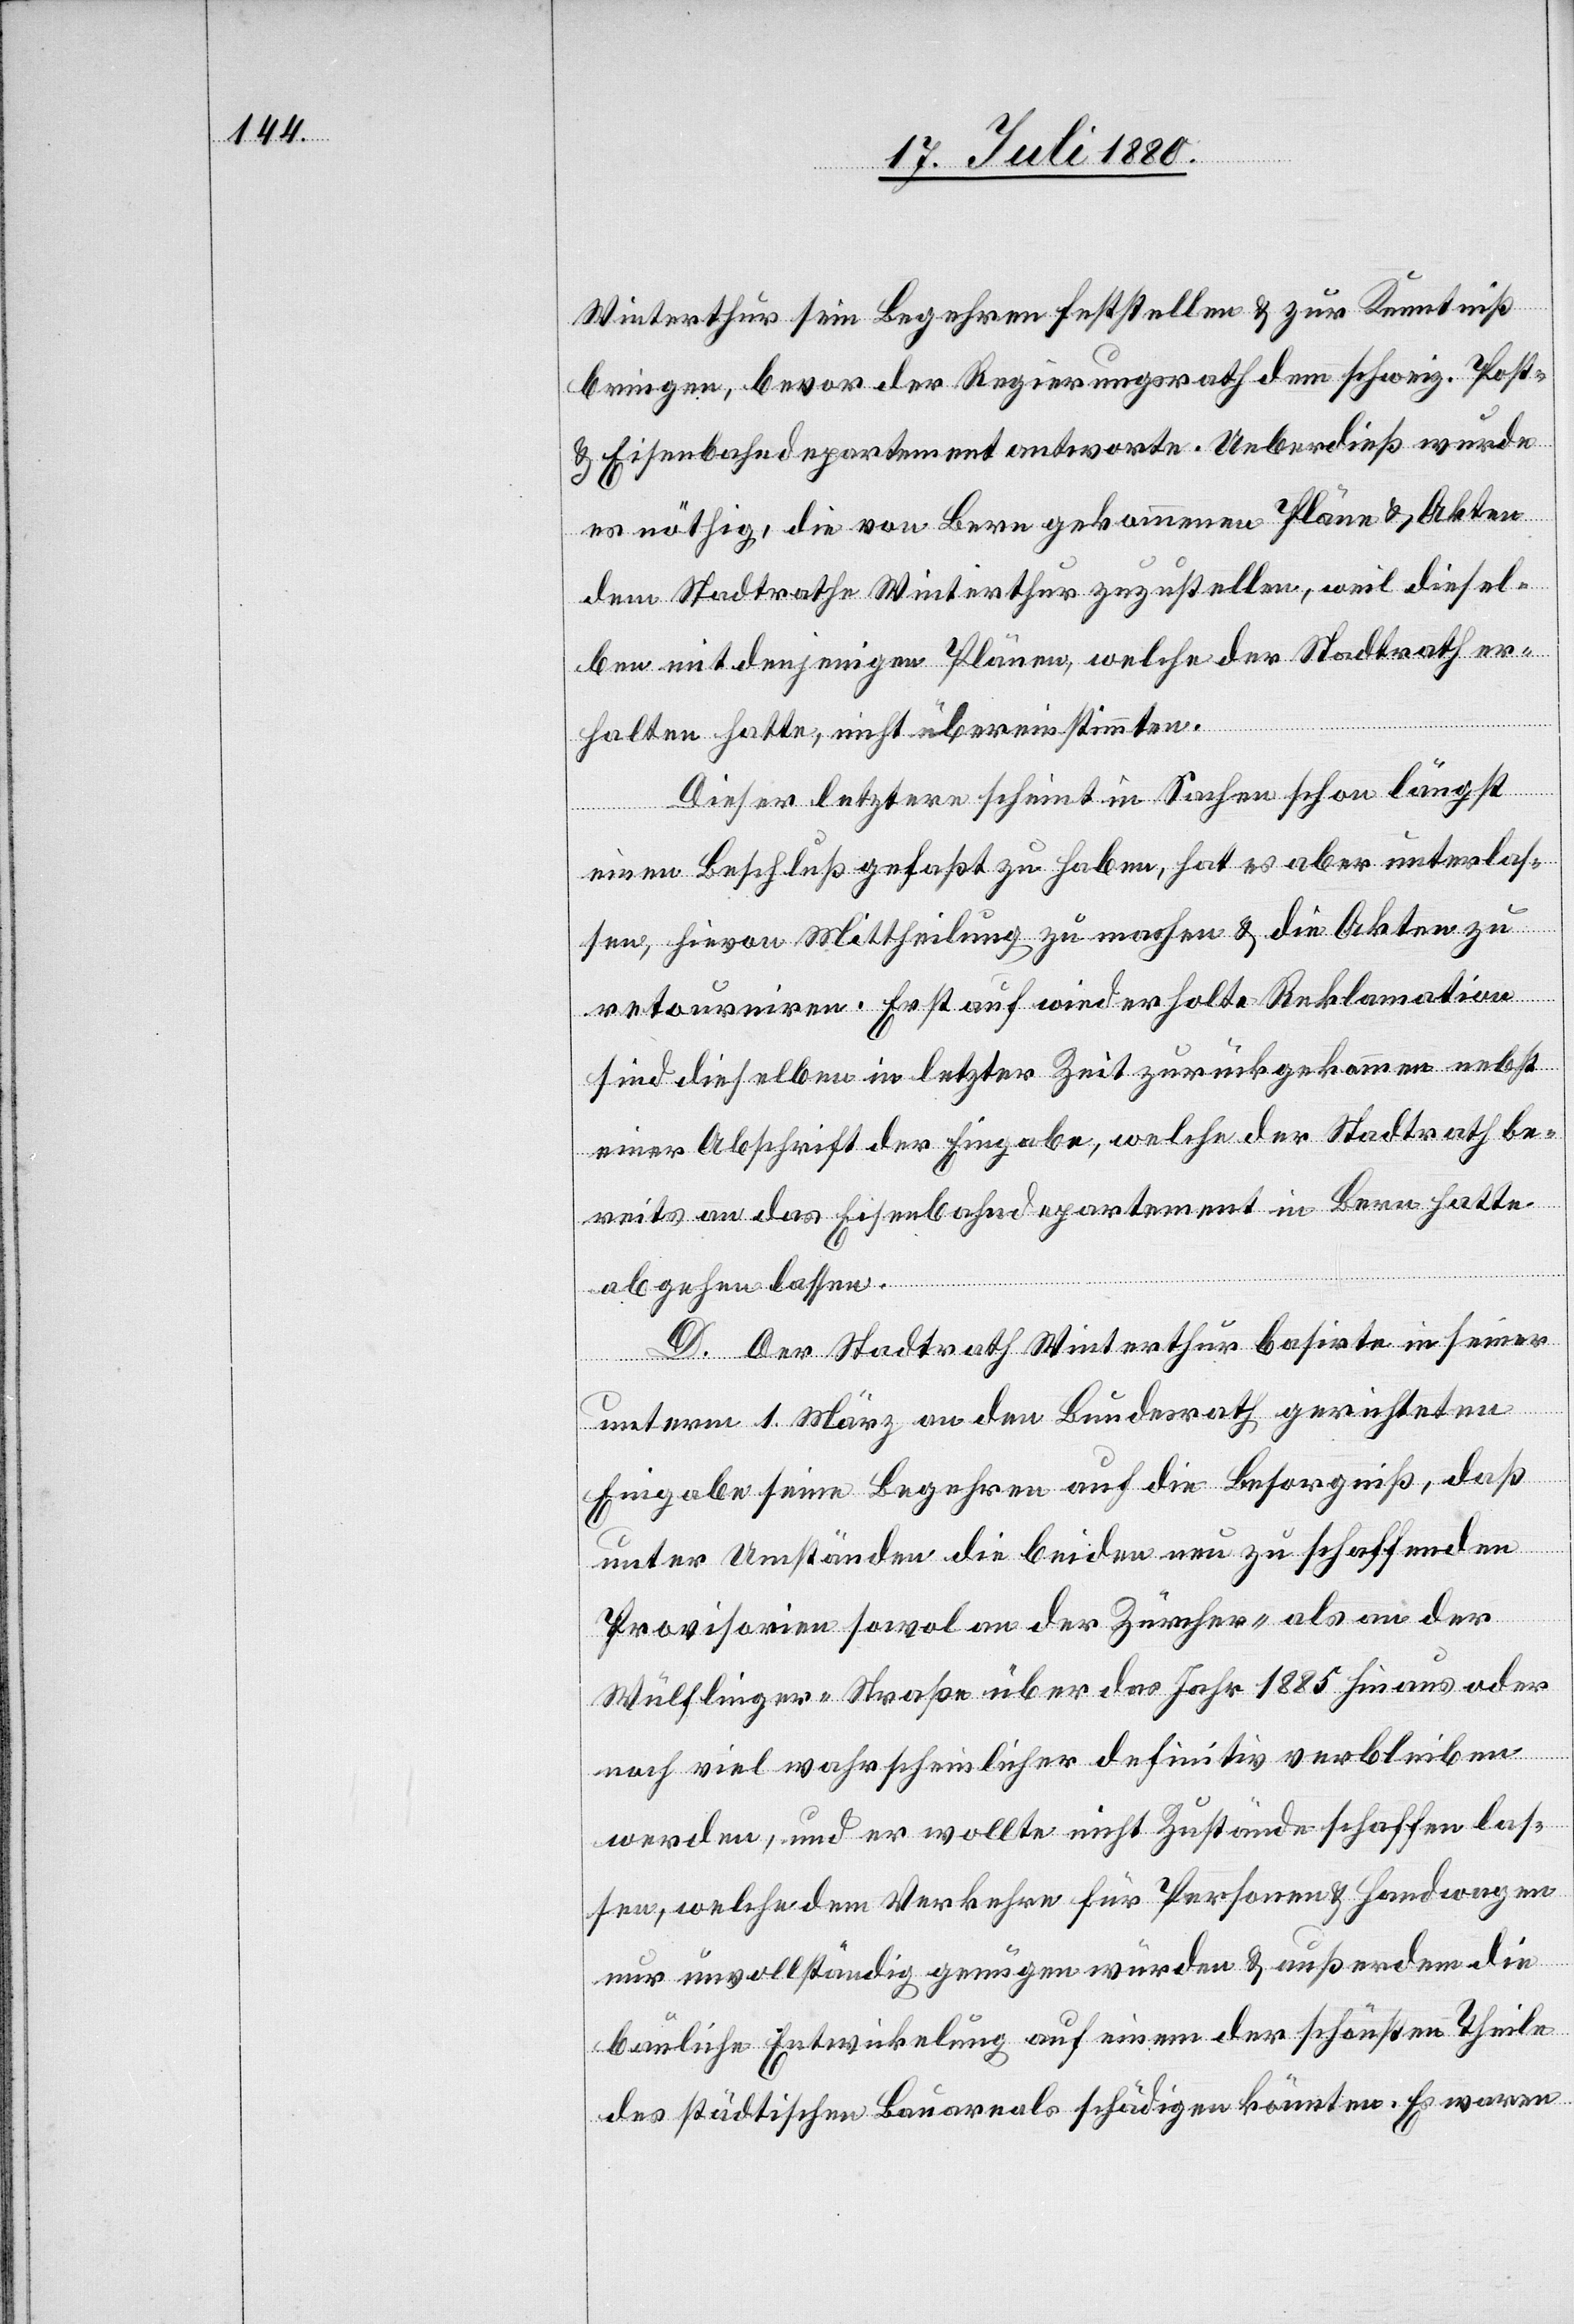
Winterthur sein Begehren feststellen & zur Kenntniß
bringen, bevor der Regierungsrath dem schweiz. Post-
& Eisenbahndepartement antworte. Ueberdieß wurde
es nöthig, die von Bern gekommenen Pläne & Akten
dem Stadtrathe Winterthur zuzustellen, weil diesel¬
ben mit denjenigen Plänen, welche der Stadtrath er¬
halten hatte, nicht übereinstimmten.
Dieser letztere scheint in Sachen schon längst
einen Beschluß gefaßt zu haben, hat es aber unterlas¬
sen, hievon Mittheilung zu machen & die Akten zu
retourniren. Erst auf wiederholte Reklamation
sind dieselben in letzter Zeit zurückgekommen nebst
einer Abschrift der Eingabe, welche der Stadtrath be¬
reits an das Eisenbahndepartement in Bern hatte
abgehen lassen.
D. Der Stadtrath Winterthur basirte in seiner
unterm 1. März an den Bundesrath, gerichtete
Eingabe seine Begehren auf die Besorgniß, daß
unter Umständen die beiden neu zu schaffenden
Provisorien sowol an der Zürcher- als an der
Wülflinger-Straße über das Jahr 1885 hinaus oder
noch viel wahrscheinlicher definitiv verbleiben
werden, und er wollte nicht Zustände schaffen las¬
sen, welche dem Verkehre für Personen & Handwagen
nur unvollständig genügen würden & außerdem die
bauliche Entwicklung auf einem der schönsten Theile
des städtischen Bauareals schädigen könnten. Es waren